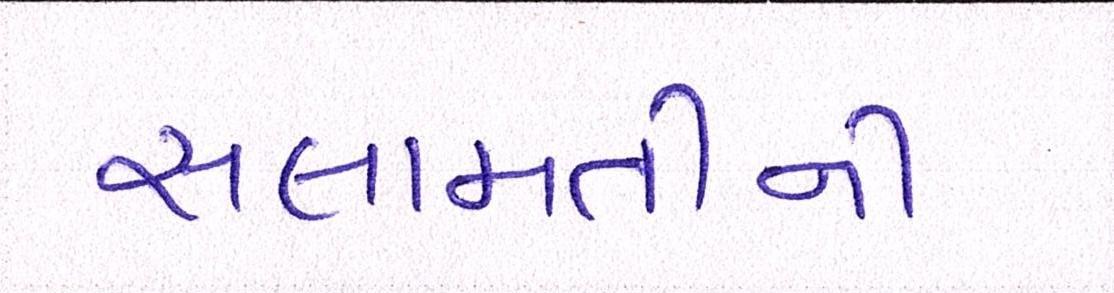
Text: સલામતીની